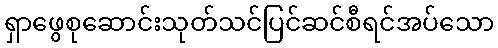
ရှာဖွေစုဆောင်းသုတ်သင်ပြင်ဆင်စီရင်အပ်သော